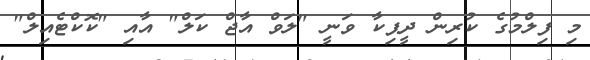
މި ފިލްމުގެ ކުރިން ދީޕިކާ ވަނީ "ލަވް އާޖް ކަލް" އާއި "ކޮކްޓެއިލް"